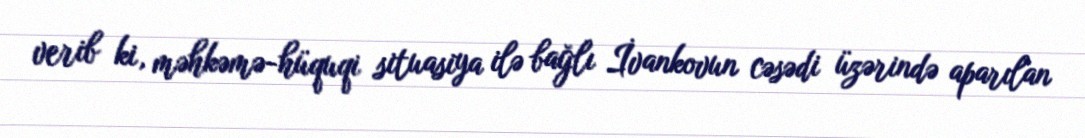
verib ki, məhkəmə-hüquqi situasiya ilə bağlı İvankovun cəsədi üzərində aparılan